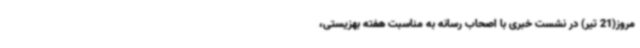
مروز(21 تیر) در نشست خبری با اصحاب رسانه به مناسبت هفته بهزیستی،